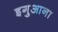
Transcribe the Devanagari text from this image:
इगुआना